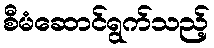
စီမံဆောင်ရွက်သည့်